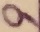
Text: 9